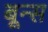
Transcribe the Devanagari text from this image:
बून्स